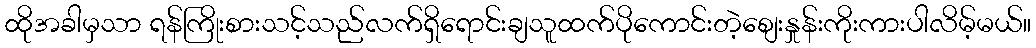
ထိုအခါမှသာ ရန်ကြိုးစားသင့်သည်လက်ရှိရောင်းချသူထက်ပိုကောင်းတဲ့စျေးနှုန်းကိုးကားပါလိမ့်မယ်။